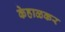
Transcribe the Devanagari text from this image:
केहाळकर